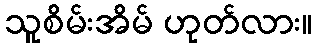
သူစိမ်းအိမ် ဟုတ်လား။